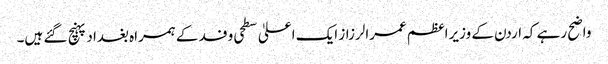
واضح رہے کہ اردن کے وزیراعظم عمرالرزاز ایک اعلیٰ سطحی وفد کے ہمراہ بغداد پہنچ گئے ہیں۔